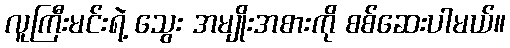
လူကြီးမင်းရဲ့ သွေး အမျိုးအစားကို စစ်ဆေးပါမယ်။